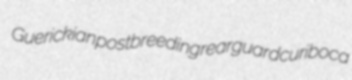
Guerickian postbreeding rearguard curiboca